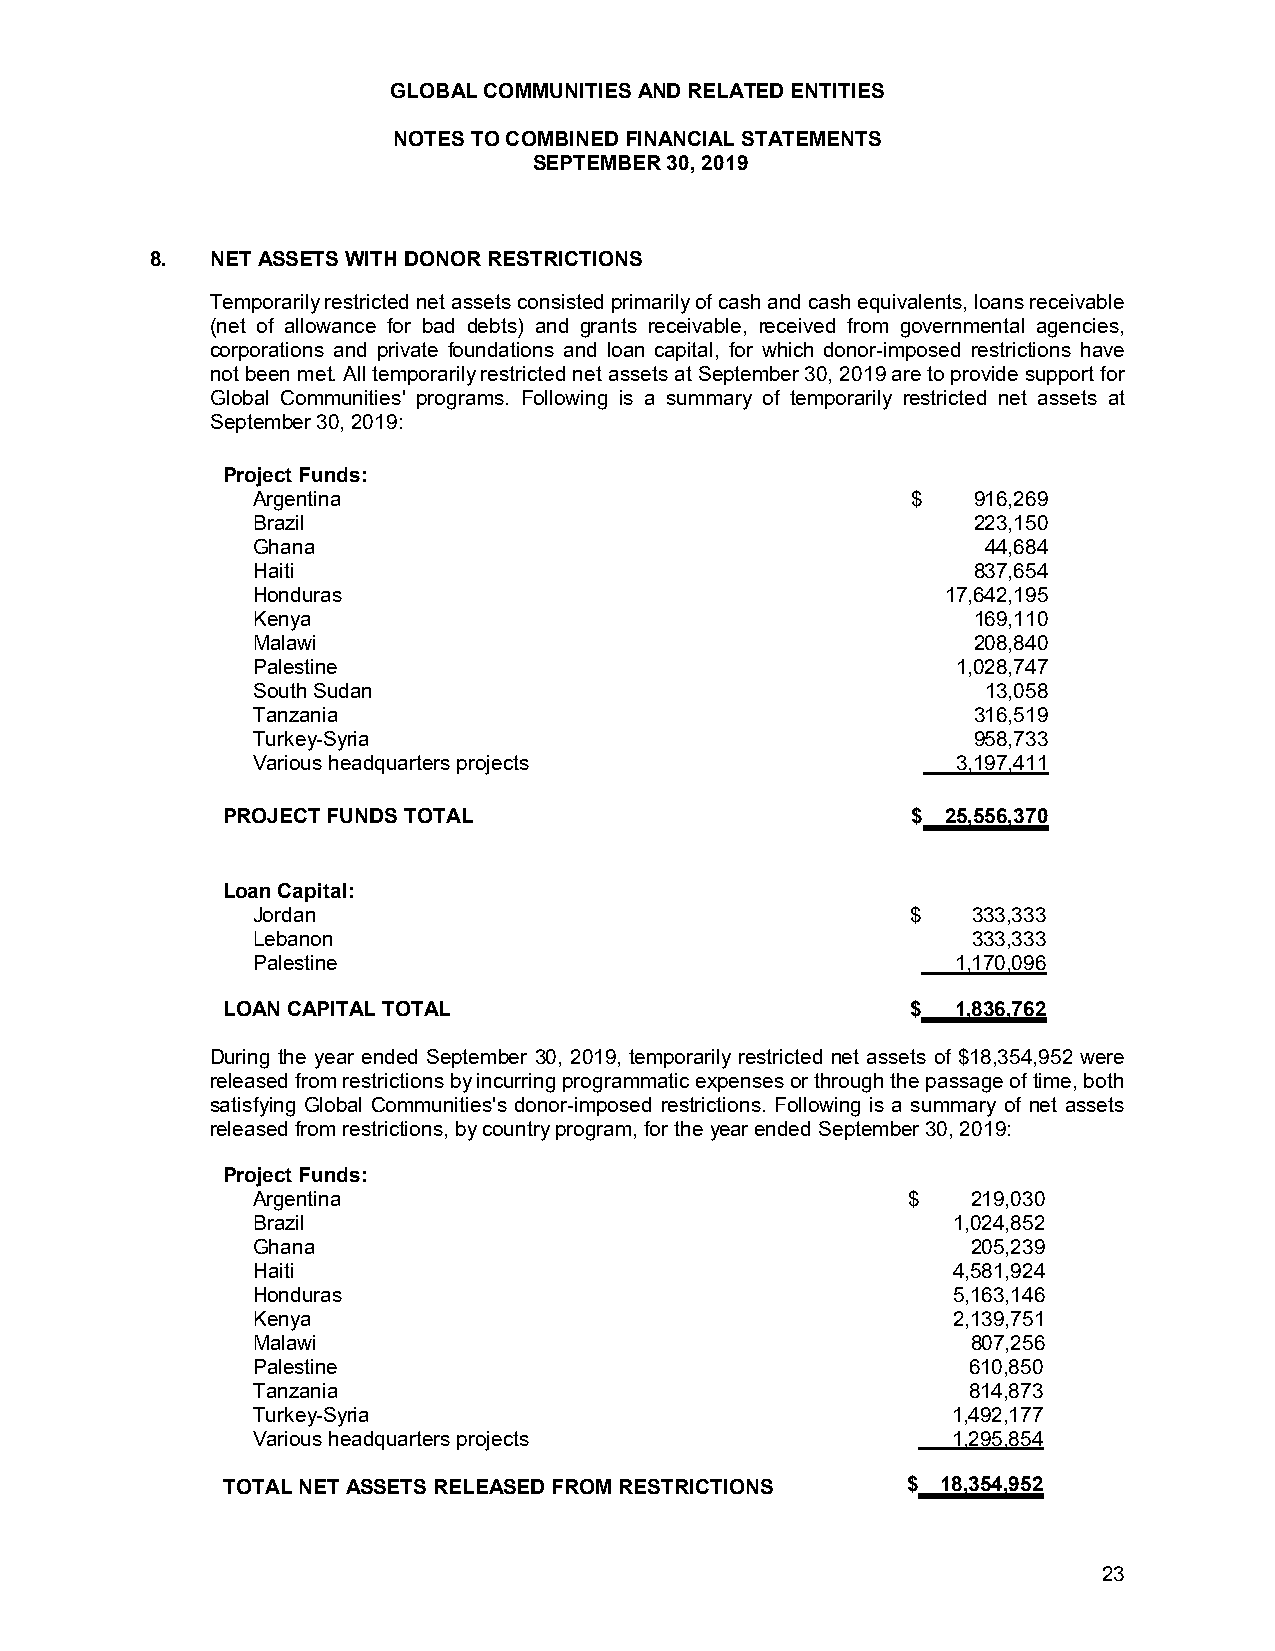
GLOBAL COMMUNITIES AND RELATED ENTITIES
 NOTES TO COMBINED FINANCIAL STATEMENTS
 SEPTEMBER 30, 2019
 8.  NET ASSETS WITH DONOR RESTRICTIONS
 Temporarily restricted net assets consisted primarily of cash and cash equivalents, loans receivable
 (net of allowance for bad debts) and grants receivable, received from governmental agencies,
 corporations and private foundations and loan capital, for which donor-imposed restrictions have
 not been met. All temporarily restricted net assets at September 30, 2019 are to provide support for
 Global Communities' programs. Following is a summary of temporarily restricted net assets at
 September 30, 2019:
 Project Funds:
 Argentina                                  $   916,269
 Brazil                                         223,150
 Ghana                                           44,684
 Haiti                                          837,654
 Honduras                                      17,642,195
 Kenya                                          169,110
 Malawi                                         208,840
 Palestine                                     1,028,747
 South Sudan                                     13,058
 Tanzania                                       316,519
 Turkey-Syria                                   958,733
 Various headquarters projects                 3,197,411
 PROJECT FUNDS TOTAL                          $  25,556,370
 Loan Capital:
 Jordan                                     $   333,333
 Lebanon                                        333,333
 Palestine                                     1,170,096
 LOAN CAPITAL TOTAL                           $  1,836,762
 During the year ended September 30, 2019, temporarily restricted net assets of $18,354,952 were
 released from restrictions by incurring programmatic expenses or through the passage of time, both
 satisfying Global Communities's donor-imposed restrictions. Following is a summary of net assets
 released from restrictions, by country program, for the year ended September 30, 2019:
 Project Funds:
 Argentina                                  $   219,030
 Brazil                                        1,024,852
 Ghana                                          205,239
 Haiti                                         4,581,924
 Honduras                                      5,163,146
 Kenya                                         2,139,751
 Malawi                                         807,256
 Palestine                                      610,850
 Tanzania                                       814,873
 Turkey-Syria                                  1,492,177
 Various headquarters projects                 1,295,854
 TOTAL NET ASSETS RELEASED FROM RESTRICTIONS  $ 18,354,952
 23